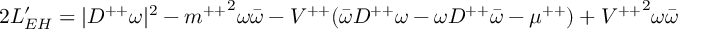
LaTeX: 2 L _ { E H } ^ { \prime } = | { D ^ { + + } \omega } | ^ { 2 } - { m ^ { + + } } ^ { 2 } \omega \bar { \omega } - V ^ { + + } ( \bar { \omega } D ^ { + + } \omega - \omega D ^ { + + } \bar { \omega } - \mu ^ { + + } ) + { V ^ { + + } } ^ { 2 } \omega \bar { \omega }